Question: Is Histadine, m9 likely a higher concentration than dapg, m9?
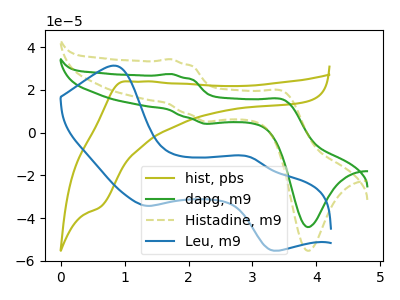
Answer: <think>The olive curve "hist, pbs" has an anodic peak at (1.00V, 24.00uA) and a cathodic peak at (0.60V, -34.90uA). The green curve "dapg, m9" has anodic peaks at (1.75V, 27.50uA) (3.50V, 15.35uA) and cathodic peaks at (2.25V, 4.20uA) (3.85V, -44.20uA). The olive dashed curve "Histadine, m9" has anodic peaks at (1.75V, 34.40uA) (3.50V, 19.25uA) and cathodic peaks at (2.25V, 5.25uA) (3.85V, -55.30uA). The blue curve "Leu, m9" has anodic peaks at (0.85V, 31.35uA) (2.95V, -11.20uA) and cathodic peaks at (1.35V, -34.25uA) (3.35V, -55.25uA).
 All the peaks in "Histadine, m9" have a peak in "dapg, m9" at the same potential.</think>
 <answer>I cant tell if "Histadine, m9" or "dapg, m9" has more signal.</answer>
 <eval>mixed_signal</eval>